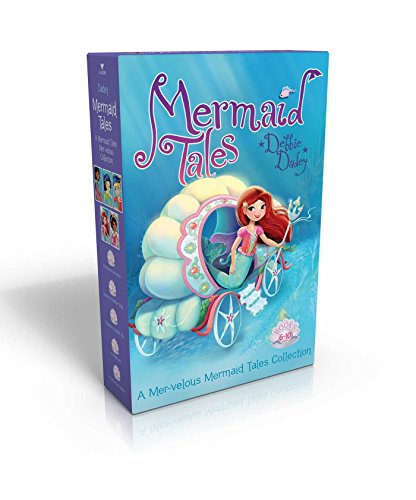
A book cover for A Mermaid Tales Mer-velous Collection Books 6-10: The Secret Sea Horse; Dream of the Blue Turtle; Treasure in Trident City; A Royal Tea; A Tale of Two Sisters; Debbie Dadey; Children's Books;